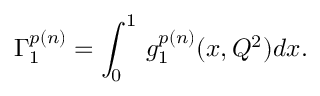
\Gamma _ { 1 } ^ { p ( n ) } = \int _ { 0 } ^ { 1 } \, g _ { 1 } ^ { p ( n ) } ( x , Q ^ { 2 } ) d x .